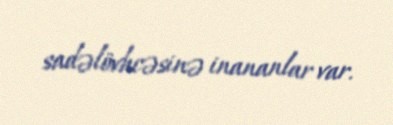
sadəlövhcəsinə inananlar var.